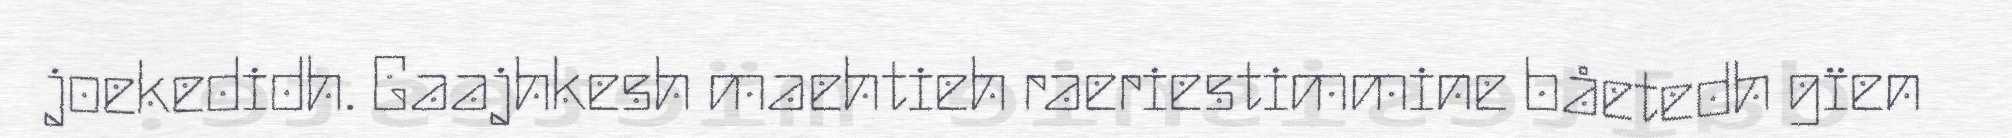
joekedidh. Gaajhkesh maehtieh raeriestimmine båetedh gïen